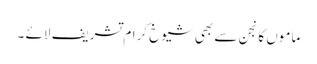
ماموں کانجن سے بھی شیوخ کرام تشریف لائے ۔